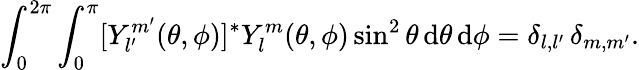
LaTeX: \int_{0}^{2\pi}\int_{0}^{\pi}[Y_{l^{\prime}}^{m^{\prime}}(\theta,\phi)]^{*}Y_{l}^{m}(\theta,\phi)\sin^{2}\theta\, \mathrm{d}\theta\, \mathrm{d}\phi=\delta_{l,l^{\prime}}\, \delta_{m,m^{\prime}}.